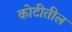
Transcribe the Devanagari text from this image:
कोटीतील